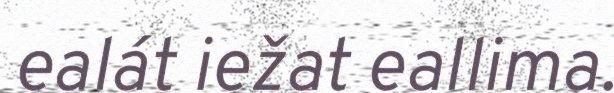
ealát iežat eallima.